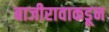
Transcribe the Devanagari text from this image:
बाजीरावाकडून